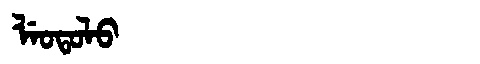
Manchu: ᠯᡝᠣᡨᠣᠯᠣ
Romanization: LEOTOLO